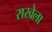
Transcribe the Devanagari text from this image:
राखेला